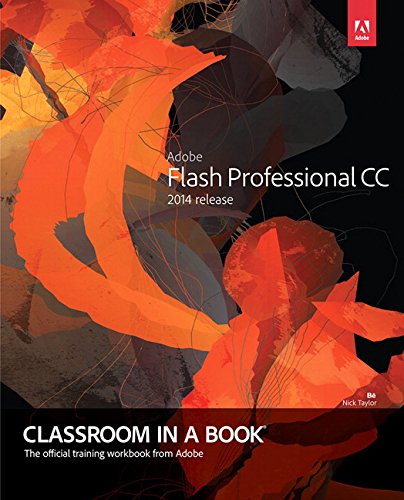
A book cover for Adobe Flash Professional CC Classroom in a Book (2014 release); Russell Chun; Computers & Technology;